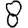
Digit: 8